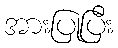
အားပြုပြီး